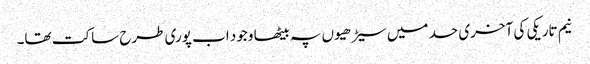
نیم تاریکی کی آخری حد میں سیڑھیوں پہ بیٹھا وجود اب پوری طرح ساکت تھا۔